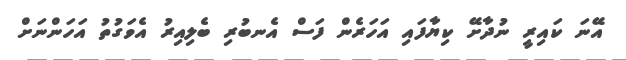
އޭނަ ކައިރީ ނުދާށޭ ކިޔާފައި އަހަރެން ފަސް އެނބުރި ބެލިއިރު އެވަގުތު އަހަންނަށް